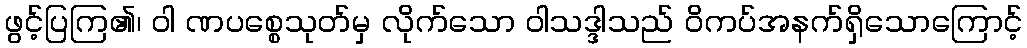
ဖွင့်ပြကြ၏၊ ဝါ ဏပစ္စေသုတ်မှ လိုက်သော ဝါသဒ္ဒါသည် ဝိကပ်အနက်ရှိသောကြောင့်